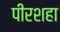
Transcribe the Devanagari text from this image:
पीरशहा